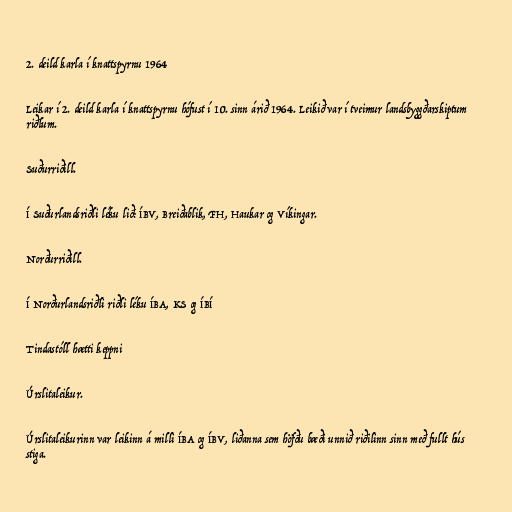
2. deild karla í knattspyrnu 1964

Leikar í 2. deild karla í knattspyrnu hófust í 10. sinn árið 1964. Leikið var í tveimur landsbyggðarskiptum
riðlum.

Suðurriðill.

Í Suðurlandsriðli léku lið: ÍBV, Breiðablik, FH, Haukar og Víkingar.

Norðurriðill.

Í Norðurlandsriðli riðli léku ÍBA, KS og ÍBÍ

Tindastóll hætti keppni

Úrslitaleikur.

Úrslitaleikurinn var leikinn á milli ÍBA og ÍBV, liðanna sem höfðu bæði unnið riðilinn sinn með fullt hús
stiga.